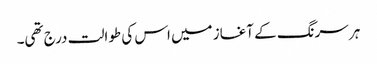
ہر سرنگ کے آغاز میں اس کی طوالت درج تھی۔